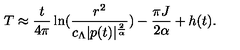
T \approx \frac { t } { 4 \pi } \ln ( \frac { r ^ { 2 } } { c _ { \Lambda } | p ( t ) | ^ { \frac { 2 } { \alpha } } } ) - \frac { \pi J } { 2 \alpha } + h ( t ) .